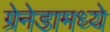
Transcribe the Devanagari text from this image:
ग्रेनेडामध्ये